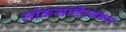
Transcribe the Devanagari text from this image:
लोकसाहित्यकार